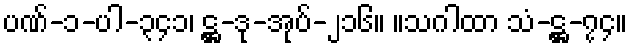
ပဏ်-၁-ပါ-၃၄၁၊ ဋ္ဌ-ဒု-အုပ်-၂၁၆။ ။သဂါထာ သံ-ဋ္ဌ-၇၄။